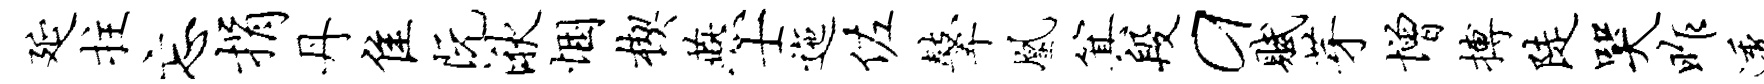
延拄忘捐丹隹阮湫悃楔燕士迤佐鼙凰箕段a赋芽增搏陡哭昨透